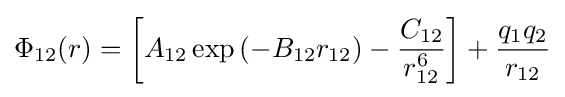
\Phi _{12}(r)=\left[A_{12}\exp \left(-B_{12}r_{12}\right)-{\frac {C_{12}}{r_{12}^{6}}}\right]+{\frac {q_{1}q_{2}}{r_{12}}}